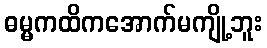
ဓမ္မကထိကအောက်မကျို့ဘူး